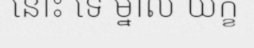
នោះ ទេ ម្នាល យក្ខ